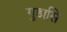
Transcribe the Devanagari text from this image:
गुडासि